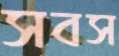
সবস